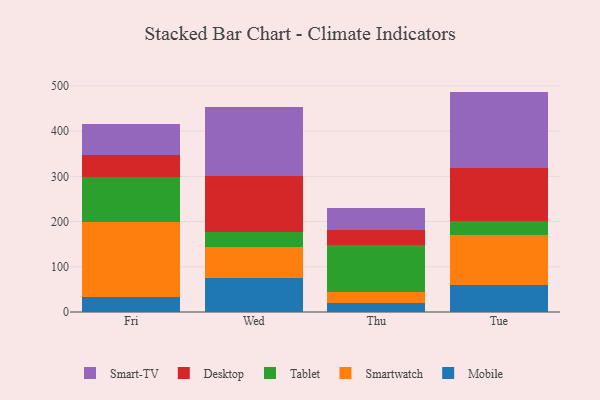
{"axis": {"x": "Day", "y": "LTV (USD)"}, "legend": ["Desktop", "Mobile", "Smart-TV", "Smartwatch", "Tablet"], "data": [{"x": "Fri", "y": 33.9, "type": "Mobile"}, {"x": "Fri", "y": 164.4, "type": "Smartwatch"}, {"x": "Fri", "y": 99.3, "type": "Tablet"}, {"x": "Fri", "y": 49.7, "type": "Desktop"}, {"x": "Fri", "y": 69.2, "type": "Smart-TV"}, {"x": "Wed", "y": 75.9, "type": "Mobile"}, {"x": "Wed", "y": 68.6, "type": "Smartwatch"}, {"x": "Wed", "y": 33.0, "type": "Tablet"}, {"x": "Wed", "y": 123.0, "type": "Desktop"}, {"x": "Wed", "y": 152.8, "type": "Smart-TV"}, {"x": "Thu", "y": 20.6, "type": "Mobile"}, {"x": "Thu", "y": 23.4, "type": "Smartwatch"}, {"x": "Thu", "y": 104.2, "type": "Tablet"}, {"x": "Thu", "y": 33.8, "type": "Desktop"}, {"x": "Thu", "y": 48.7, "type": "Smart-TV"}, {"x": "Tue", "y": 59.6, "type": "Mobile"}, {"x": "Tue", "y": 109.7, "type": "Smartwatch"}, {"x": "Tue", "y": 32.2, "type": "Tablet"}, {"x": "Tue", "y": 118.0, "type": "Desktop"}, {"x": "Tue", "y": 167.9, "type": "Smart-TV"}]}